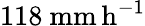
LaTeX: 118\ \mathrm{mm\, h^{-1}}